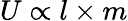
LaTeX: U\propto l\times m